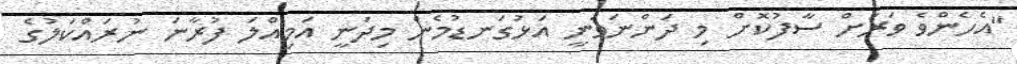
"އެހެންވެ ވަރަށް ސާފުކޮށް މި ދަންނަވަނީ އަޅުގަނޑުމެން މިދަނީ އަމިއްލަ ފުރާނަ ނުރައްކަލުގެ